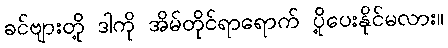
ခင်ဗျားတို့ ဒါကို အိမ်တိုင်ရာရောက် ပို့ပေးနိုင်မလား။